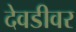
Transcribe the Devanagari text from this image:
देवडीवर